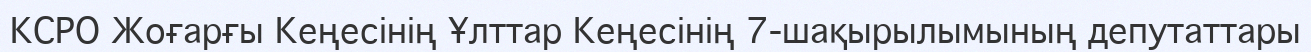
КСРО Жоғарғы Кеңесінің Ұлттар Кеңесінің 7-шақырылымының депутаттары